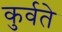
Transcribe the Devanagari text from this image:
कुर्वते